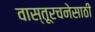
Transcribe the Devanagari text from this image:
वास्तूरचनेसाठी